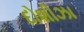
દોશીઝા